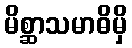
မိစ္ဆာသမာဓိမှိ